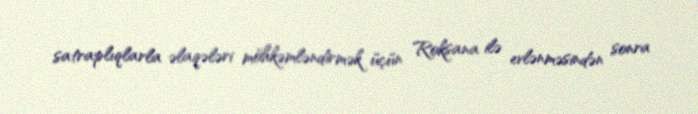
satraplıqlarla əlaqələri möhkəmləndirmək üçün Roksana ilə evlənməsindən sonra